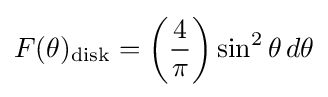
F(\theta )_{\rm {disk}}=\left({\frac {4}{\pi }}\right)\sin ^{2}\theta \,d\theta